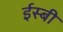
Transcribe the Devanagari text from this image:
ईस्बी